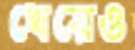
খেয়েও